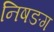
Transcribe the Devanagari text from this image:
निषङग